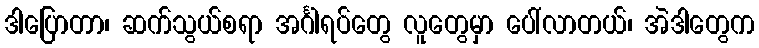
ဒါပြောတာ၊ ဆက်သွယ်စရာ အင်္ဂါရပ်တွေ လူတွေမှာ ပေါ်လာတယ်၊ အဲဒါတွေက